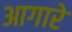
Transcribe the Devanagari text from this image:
आगारे